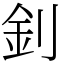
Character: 釗